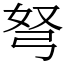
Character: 弩